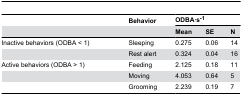
<table><thead><tr><td></td><td><b>Behavior</b></td><td colspan="3"><b>ODBA·s<sup>-1</sup></b></td></tr><tr><td></td><td></td><td><b>Mean</b></td><td><b>SE</b></td><td><b>N</b></td></tr></thead><tbody><tr><td>Inactive behaviors (ODBA &lt; 1)</td><td>Sleeping</td><td>0.275</td><td>0.06</td><td>14</td></tr><tr><td></td><td>Rest alert</td><td>0.324</td><td>0.04</td><td>16</td></tr><tr><td>Active behaviors (ODBA &gt; 1)</td><td>Feeding</td><td>2.125</td><td>0.18</td><td>11</td></tr><tr><td></td><td>Moving</td><td>4.053</td><td>0.64</td><td>5</td></tr><tr><td></td><td>Grooming</td><td>2.239</td><td>0.19</td><td>7</td></tr></tbody></table>